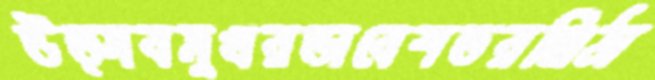
উত্সবমুখরভাবেশতরঞ্জিঠা